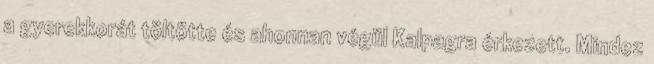
a gyerekkorát töltötte és ahonnan végül Kalpagra érkezett. Mindez